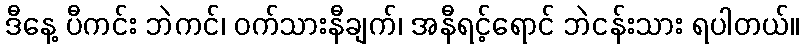
ဒီနေ့ ပီကင်း ဘဲကင်၊ ဝက်သားနီချက်၊ အနီရင့်ရောင် ဘဲငန်းသား ရပါတယ်။